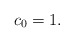
\begin{align*}c_0=1.\end{align*}